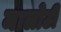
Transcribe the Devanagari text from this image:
मालोटी